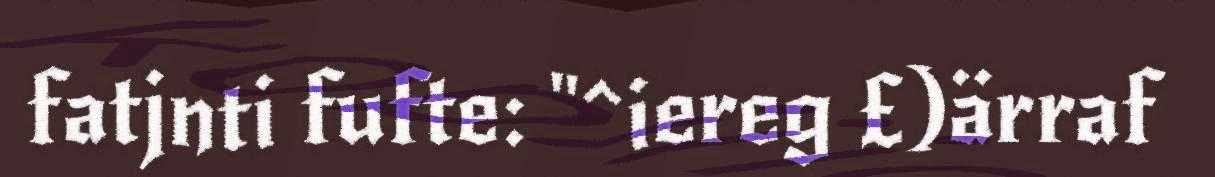
fatjnti fufte: "^iereg £)ärraf